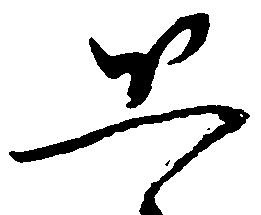
恐